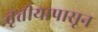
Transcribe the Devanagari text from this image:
तृतीयापासून